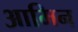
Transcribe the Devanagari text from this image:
आमिन